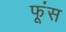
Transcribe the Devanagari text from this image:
फूंस